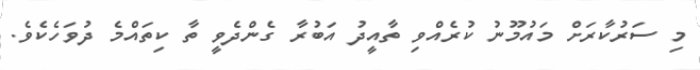
މި ސަރުކާރަށް މައުމޫނު ކުރެއްވި ތާއީދު އަބުރާ ގެންދެވީ ތާ ކިތައްމެ ދުވަހެކެވެ.